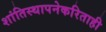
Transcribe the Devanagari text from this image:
शांतिस्थापनेकरिताही